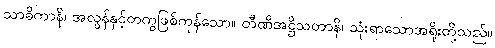
သာဓိကာနိ၊ အလွန်နှင့်တကွဖြစ်ကုန်သော။ တီဏိအဋ္ဌိသတာနိ၊ သုံးရာသောအရိုးတို့သည်။